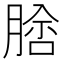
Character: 𦝵